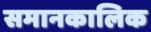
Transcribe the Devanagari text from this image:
समानकालिक